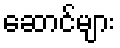
ဆောင်များ